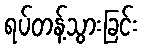
ရပ်တန့်သွားခြင်း